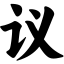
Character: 议